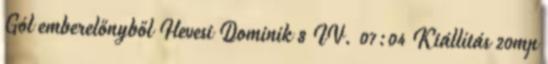
Gól emberelőnyből Hevesi Dominik 8 IV. 07:04 Kiállítás 20mp